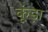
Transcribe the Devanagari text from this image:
कूंड़ा